Report on vaccination in the Province of Bengal - 1869-1873
Year: 1869
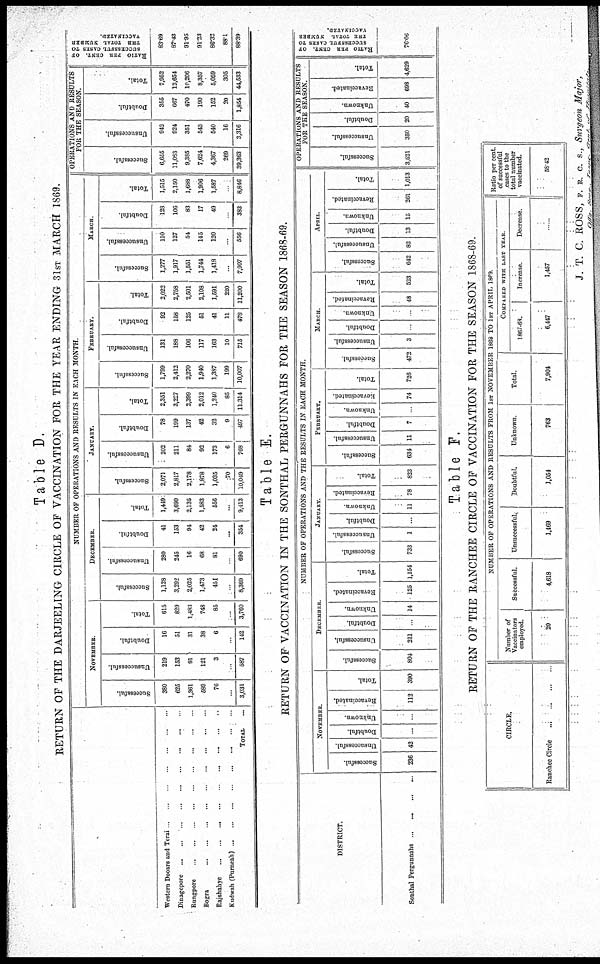
Table D.
RETURN OF THE DARJEELING CIRCLE OF VACCINATION FOR THE YEAR ENDING 31ST MARCH 1869.
Western Dooars and Terai. . . . .. . . ..
Dinagepore...
..
..
..
..
..
...
...
Rungpore.
.
.
.
..
...
.
.
..
...
Bogra...
...
...
...
...
...
Rajshahye.. . .
. .... . .. . . . ..
Kudwah (Purneah)... ... ... ... .. . .. ... ... ...
TOTAL...
NUMBER OF OPERATIONS AND RESULTS IN EACH MONTH.
NOVEMBER
Successful.
380
625
1,361
589
76
3,031
Unsuccessful.
219
153
91
121
3
587
Doubtful.
16
51
31
38
6
142
Total.
615
829
1,483
748
85
3,760
DECEMBER.
Successful.
1,128
3,292
2,025
1,473
451
8,369
Unsuccessful.
280
245
16
68
81
690
Doubtful.
41
153
94
42
24
...
354
Total.
1,449
3,690
2,135
1,583
556
...
9,413
JANUARY.
Successful.
2,071
2,817
2,178
1,878
1,035
70
10,049
Unsuccessful.
202
211
84
92
173
6
768
Doubtful.
78
199
137
42
32
9
497
Total.
2,351
3,227
2,399
2,012
1,240
85
11,314
FEBRUARY.
Successful.
1,799
2,412
2,270
1,940
1,387
199
10,007
Unsuccessful.
131
188
106
117
163
10
715
Doubtful.
92
158
125
51
41
11
478
Total.
2,022
2,758
2,501
2,108
1,591
220
11,200
MARCH
Successful.
1,277
1,917
1,551
1,744
1,418
.
7,907
Unsuccessful.
110
127
54
145
120
...
556
Doubtful.
128
106
83
17
49
383
Total.
1,515
2,150
1,688
1,906
1,587
8,846
OPERATIONS AND RESULTS
FOR THE SEASON.
Successful.
6,655
11,063
9,385
7,624
4,367
269
39,363
Unsuccessful.
942
924
351
543
540
16
3,316
Doubtful.
355
667
470
190
152
20
1,854
Total.
7,952
12,654
10,206
8,357
5,059
305
44,533
RATIO PER CENT. OF
SUCCESSFUL CASES TO
THE TOTAL NUMBER
VACCINATED.
83.64
87.43
91.95
91.23
86.32
88.1
88.39
Table E.
RETURN OF VACCINATION IN THE SONTHAL PERGUNNAHS FOR THE SEASON 1868-69.
DISTRICT.
Sonthal Pergunnahs... ... ... ...
NUMBER OF OPERATIONS AND THE RESULTS IN EACH MONTH.
NOVEMBER.
Successful.
236
Unsuccessful.
42
Doubtful.
...
Unknown.
Revaccinated.
112
Total.
390
DECEMBER
Successful.
804
Unsuccessful.
211
Doubtful.
.
Unknown.
14
Revaccinated.
125
Total.
1,154
JANUARY
Successful.
733
Unsuccessful.
1
Doubtful.
.
Unknown
11
Revaccinated
78
Total.
823
FEBRUARY.
Successful.
634
Unsuccessful
11
Doubtful.
7
Unknown.
Revaccinated
74
Total.
726
MARCH.
Successful.
472
Unsuccessful.
3
Doubtful.
.
Unknown
.
Revaccinated.
48
Total.
523
APRIL
Successful.
642
Unsuccessful.
82
Doubtful.
13
Unknown.
15
Revaccinated
261
Total.
1,013
OPERATIONS AND RESULTS
FOR THE SEASON.
Successful.
3,521
Unsuccessful.
350
Doubtful.
20
Unknown.
40
Revaccinated.
698
Total.
4,629
RATIO PER CENT. OF
SUCCESSFUL CASES TO
THE TOTAL NUMBER
VACCINATED.
76.06
Table F.
RETURN OF THE RANCHEE CIRCLE OF VACCINATION FOR THE SEASON 1868-69.
CIRCLE.
Ranchee
Circle...
...
...
NUMBER OF OPERATIONS AND RESULTS FROM 1ST NOVEMBER 1868 TO 1ST APRIL 1869.
Number of
Vaccinators
employed.
20
Successful.
4,618
Unsuccessful.
1,469
Doubtful.
1,054
Unknown.
763
Total.
7,904
COMPARED WITH LAST YEAR.
1867-68.
6,447
Increase
1,457
Decrease.
Ratio per cent
of successful
cases to the
total number
vaccinated.
58.42
J. T. C. ROSS, F. R, C. S., Surgeon Major,
Offg
secy
Inspr.
Gens.
of
Hospitals,